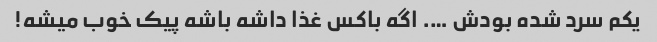
یکم سرد شده بودش …. اگه باکس غذا داشه باشه پیک خوب میشه!